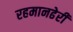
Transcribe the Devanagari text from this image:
रहमानढेरी